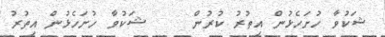
ޝަކުވާ ހުށަހެޅުން އިތުރު ކުރުން    ޝަކުވާ ހުށަހެޅުން އިތުރު